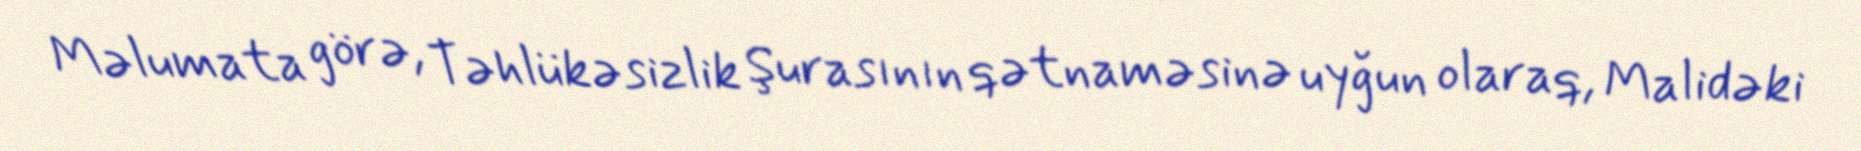
Məlumata görə, Təhlükəsizlik Şurasının qətnaməsinə uyğun olaraq, Malidəki